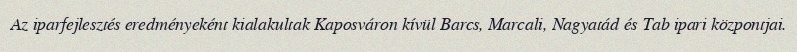
Az iparfejlesztés eredményeként kialakultak Kaposváron kívül Barcs, Marcali, Nagyatád és Tab ipari központjai.